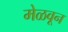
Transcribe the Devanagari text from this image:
मेळवून